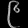
Digit: ၉